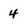
Character: 4